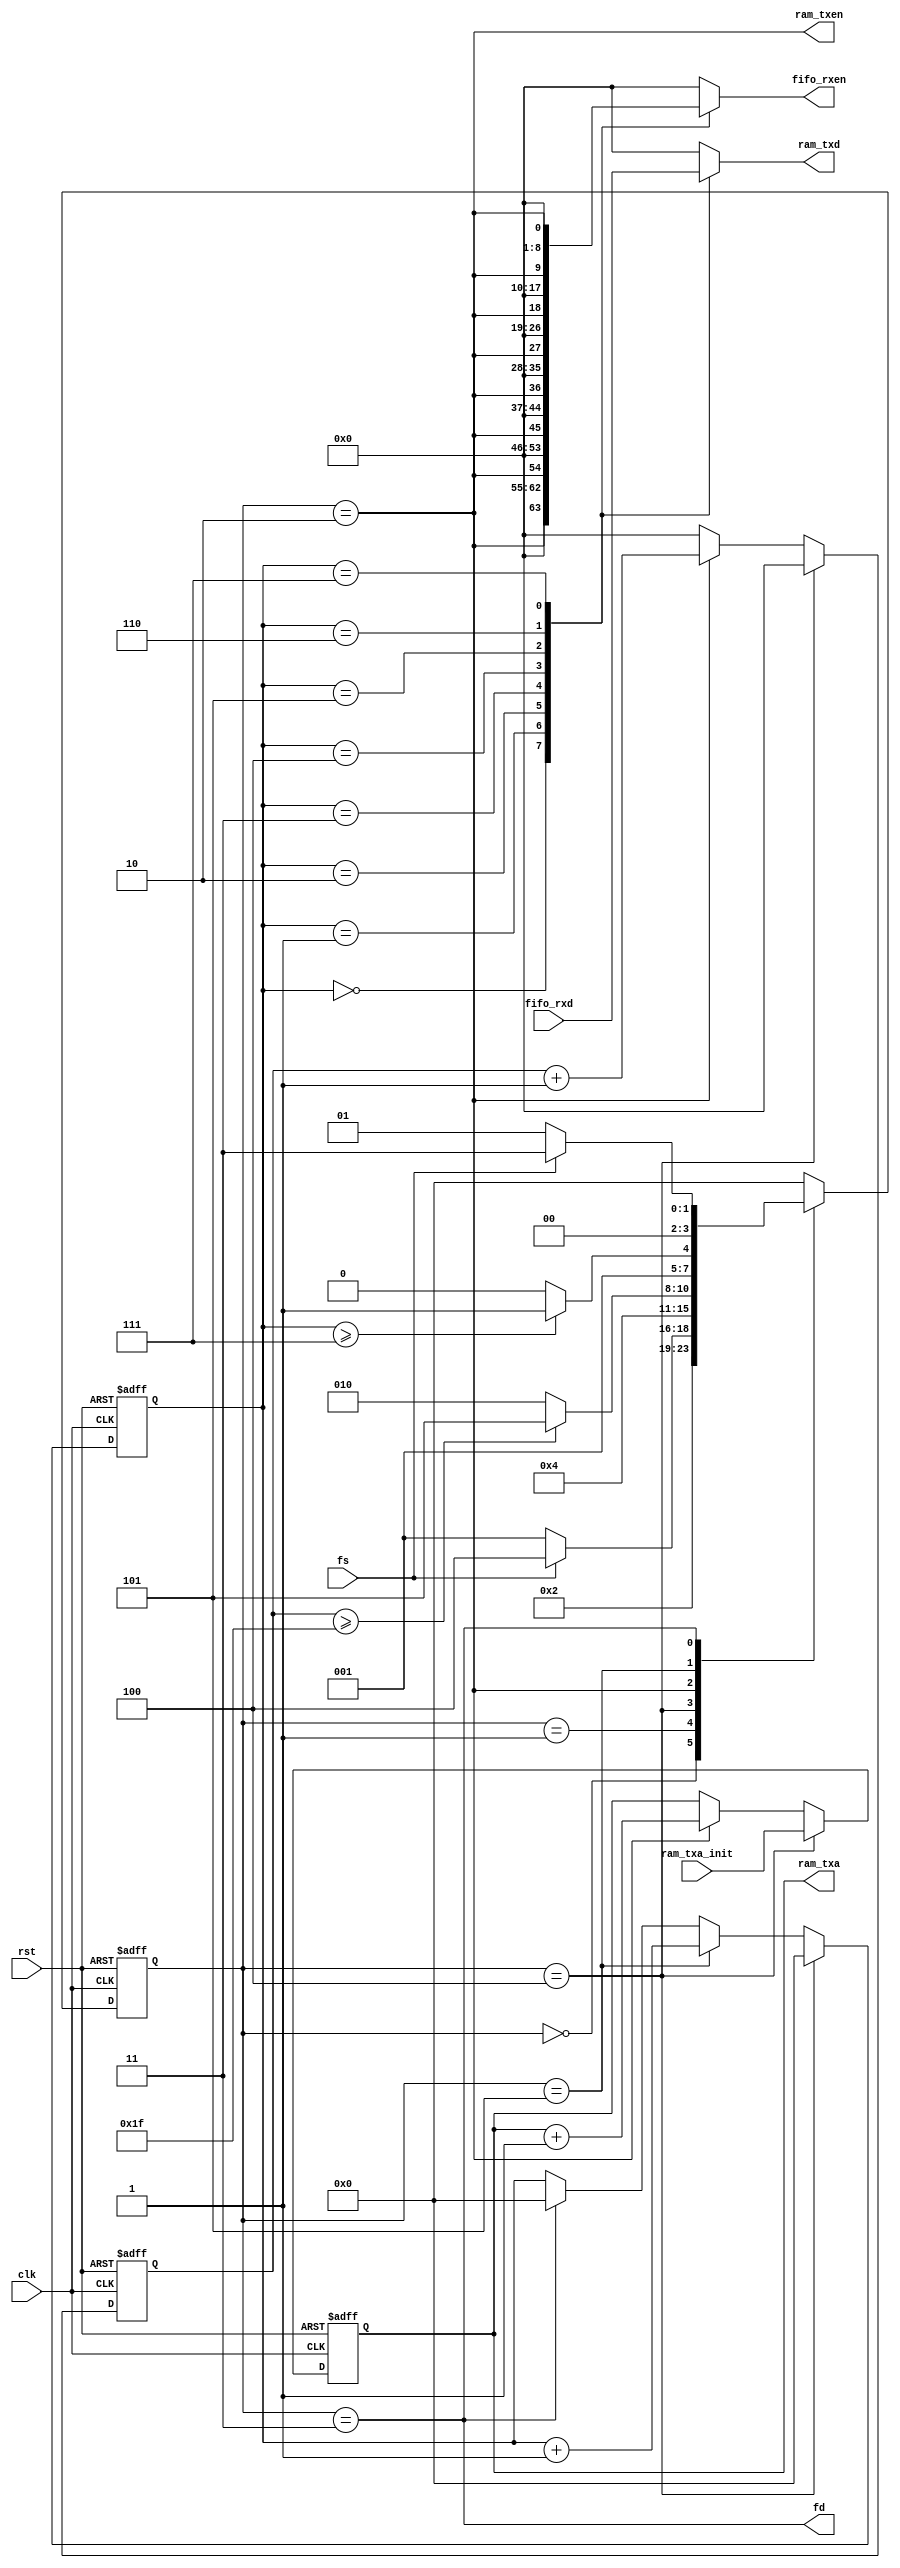
module adc2ram(
    input clk,
    input rst,

    input fs,
    output fd,
    input [11:0] ram_txa_init,

    output reg [7:0] fifo_rxen,
    input [63:0] fifo_rxd,

    output ram_txen,
    output reg [7:0] ram_txd,
    output reg [11:0] ram_txa
);
    localparam DATA_LEN = 8'h20, CHIP_LEN = 4'h8;

    reg [3:0] state, next_state;

    localparam IDLE = 4'h0, WAIT = 4'h1, WORK = 4'h2, DONE = 4'h3;
    localparam INIT = 4'h4, REST = 4'h5;


    reg [7:0] data_num; 
    reg [3:0] chip_num;

    wire rxen;

    assign rxen = (state == WORK);
    assign ram_txen = (state == WORK);
    assign fd = (state == DONE);


    always@(posedge clk or posedge rst) begin
        if(rst) state <= IDLE;
        else state <= next_state;
    end

    always@(*) begin
        case(state)
            IDLE: next_state <= WAIT;
            WAIT: begin
                if(fs) next_state <= INIT;
                else next_state <= WAIT;
            end
            INIT: next_state <= WORK;
            WORK: begin
                if(data_num >= DATA_LEN - 1'b1) next_state <= REST;
                else next_state <= WORK;
            end
            REST: begin
                if(chip_num >= CHIP_LEN - 1'b1) next_state <= DONE;
                else next_state <= WORK;
            end
            DONE: begin
                if(~fs) next_state <= WAIT;
                else next_state <= DONE;
            end
            default: next_state <= IDLE;
        endcase
    end

    always@(posedge clk or posedge rst) begin // data_num
        if(rst) data_num <= 8'h00;
        else if(state == INIT) data_num <= 8'h00;
        else if(state == WORK) data_num <= data_num + 1'b1;
        else data_num <= 8'h00;
    end

    always@(posedge clk or posedge rst) begin // chip_num
        if(rst) chip_num <= 4'h0;
        else if(state == INIT) chip_num <= 4'h0;
        else if(state == REST) chip_num <= chip_num + 1'b1;
        else if(state == DONE) chip_num <= 4'h0;
        else chip_num <= chip_num;
    end

    always@(posedge clk or posedge rst) begin // ram_txa
        if(rst) ram_txa <= 12'h000;
        else if(state == INIT) ram_txa <= ram_txa_init;
        else if(state == WORK) ram_txa <= ram_txa + 1'b1;
        else ram_txa <= ram_txa;
    end

    always@(*) begin // fifo_rxd
        case(chip_num) 
            4'h0: ram_txd <= fifo_rxd[63:56];
            4'h1: ram_txd <= fifo_rxd[55:48];
            4'h2: ram_txd <= fifo_rxd[47:40];
            4'h3: ram_txd <= fifo_rxd[39:32];
            4'h4: ram_txd <= fifo_rxd[31:24];
            4'h5: ram_txd <= fifo_rxd[23:16];
            4'h6: ram_txd <= fifo_rxd[15:8];
            4'h7: ram_txd <= fifo_rxd[7:0];
            default: ram_txd <= 8'h00;
        endcase
    end

    always@(*) begin // fifo_rxen
        case(chip_num) 
            4'h0: fifo_rxen <= {rxen, 7'h00};
            4'h1: fifo_rxen <= {1'h0, rxen, 6'h00};
            4'h2: fifo_rxen <= {2'h0, rxen, 5'h00};
            4'h3: fifo_rxen <= {3'h0, rxen, 4'h0};
            4'h4: fifo_rxen <= {4'h0, rxen, 3'h0};
            4'h5: fifo_rxen <= {5'h00, rxen, 2'h0};
            4'h6: fifo_rxen <= {6'h00, rxen, 1'h0};
            4'h7: fifo_rxen <= {7'h00, rxen};
            default: fifo_rxen <= 8'h00;
        endcase
    end

endmodule